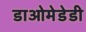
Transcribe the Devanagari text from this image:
डाओमेडेडी